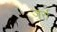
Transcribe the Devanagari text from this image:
जुर्रा